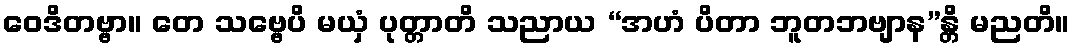
ဝေဒိတဗ္ဗာ။ တေ သဗ္ဗေပိ မယှံ ပုတ္တာတိ သညာယ “အဟံ ပိတာ ဘူတဘဗျာန”န္တိ မညတိ။